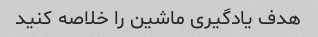
هدف یادگیری ماشین را خلاصه کنید